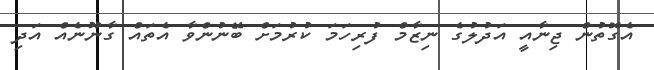
އެގޮތުން ޖިނާއީ އަދުލުގެ ނިޒާމް ފުރިހަމަ ކުރުމަށް ބޭނުންވާ އެތައް ގާނޫނެއް އަދި